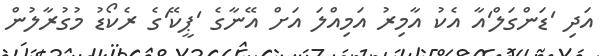
އަދި 'ޑަންގަލް'އާ އެކު އާމިރު އަމިއްލަ އަށް އޭނާގެ 'ޕީކޭ'ގެ ރެކޯޑު މުގުރާލުން